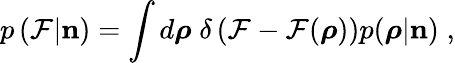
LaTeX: p\left(\mathcal{F}|{\mathbf n}\right)=\int d\boldsymbol{\rho}\; \delta\left(\mathcal{F}-\mathcal{F}(\boldsymbol{\rho})\right)p(\boldsymbol{\rho}|{\mathbf n})\; ,